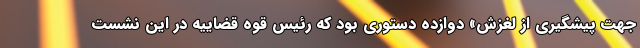
جهت پیشگیری از لغزش» دوازده دستوری بود که رئیس قوه قضاییه در این نشست